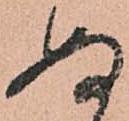
ぬ